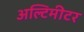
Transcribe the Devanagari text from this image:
अल्टिमीटर